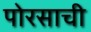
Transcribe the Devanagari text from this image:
पोरसाची